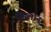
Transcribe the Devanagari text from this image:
सिय्लोन